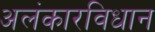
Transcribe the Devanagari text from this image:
अलंकारविधान